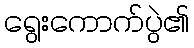
ရွေးကောက်ပွဲ၏